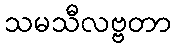
သမသီလဗ္ဗတာ